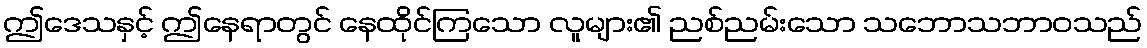
ဤဒေသနှင့် ဤနေရာတွင် နေထိုင်ကြသော လူများ၏ ညစ်ညမ်းသော သဘောသဘာဝသည်